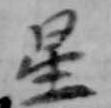
星